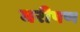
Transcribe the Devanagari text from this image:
घरीपण